Lunatic asylums Madras 1877-1891 - 1877-1891
Year: 1877
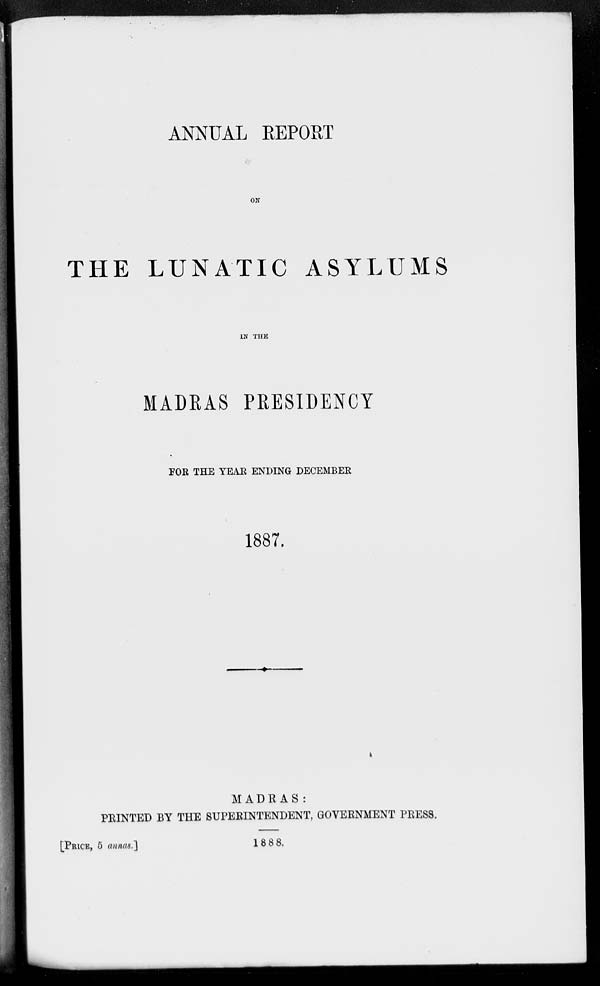
ANNUAL REPORT
ON
THE LUNATIC ASYLUMS
IN THE
MADRAS PRESIDENCY
FOR THE YEAR ENDING DECEMBER
1887.
MADRAS :
PRINTED BY THE SUPERINTENDENT, GOVERNMENT PRESS.
[PRICE, 5 annas.]
1888.